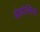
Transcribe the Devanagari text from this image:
इंफ़ोसिस